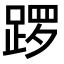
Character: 𫏑